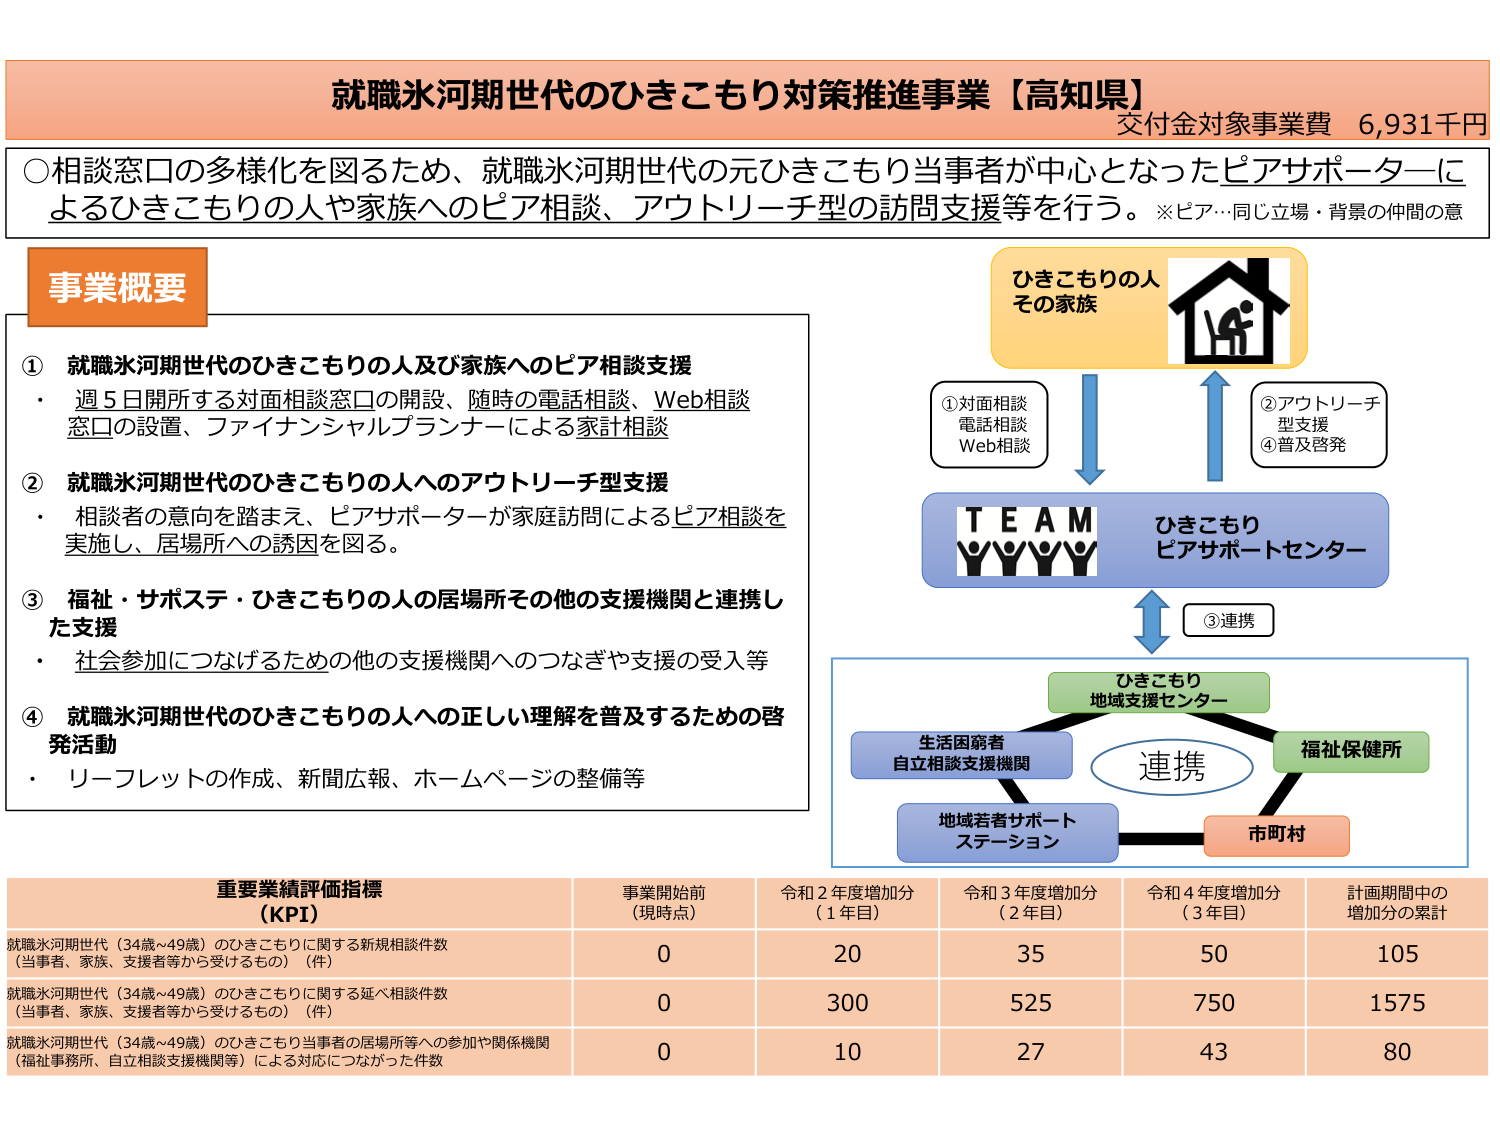
就職氷河期世代のひきこもり対策推進事業【高知県】
交付金対象事業費 6,931千円

○相談窓口の多様化を図るため、就職氷河期世代の元ひきこもり当事者が中心となったピアサポーターによるひきこもりの人や家族へのピア相談、アウトリーチ型の訪問支援等を行う。※ピア…同じ立場・背景の仲間の意

事業概要

① 就職氷河期世代のひきこもりの人及び家族へのピア相談支援
・週5日開所する対面相談窓口の開設、随時の電話相談、Web相談窓口の設置、ファイナンシャルプランナーによる家計相談

② 就職氷河期世代のひきこもりの人へのアウトリーチ型支援
・相談者の意向を踏まえ、ピアサポーターが家庭訪問によるピア相談を実施し、居場所への誘因を図る。

③ 福祉・サポステ・ひきこもりの人の居場所その他の支援機関と連携した支援
・社会参加につなげるための他の支援機関へのつなぎや支援の受入等

④ 就職氷河期世代のひきこもりの人への正しい理解を普及するための啓発活動
・リーフレットの作成、新聞広報、ホームページの整備等

ひきこもりの人
その家族

①対面相談
電話相談
Web相談

②アウトリーチ型支援
④普及啓発

TEAM
ひきこもり
ピアサポートセンター

③連携

ひきこもり
地域支援センター

生活困窮者
自立相談支援機関

連携

福祉保健所

地域若者サポート
ステーション

市町村

重要業績評価指標（KPI）
事業開始前（現時点） 令和2年度増加分（1年目） 令和3年度増加分（2年目） 令和4年度増加分（3年目） 計画期間中の増加分の累計

就職氷河期世代（34歳～49歳）のひきこもりに関する新規相談件数（当事者、家族、支援者等から受けたもの）（件）
0 20 35 50 105

就職氷河期世代（34歳～49歳）のひきこもりに関する延べ相談件数（当事者、家族、支援者等から受けたもの）（件）
0 300 525 750 1575

就職氷河期世代（34歳～49歳）のひきこもり当事者の居場所等への参加や関係機関（福祉事務所、自立相談支援機関等）による対応につながった件数
0 10 27 43 80